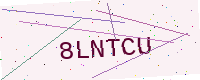
Text: 8LNTCU